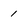
Character: 1